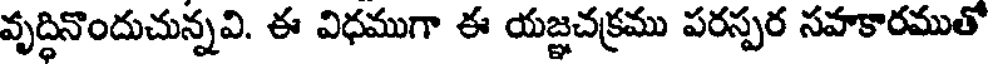
వృద్ధినొందుచున్నవి. ఈ విధముగా ఈ యజ్ఞచక్రము పరస్పర సహకారముతో